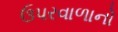
ઉપરવાળાનો